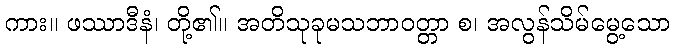
ကား။ ဖဿာဒီနံ၊ တို့၏။ အတိသုခုမသဘာဝတ္တာ စ၊ အလွန်သိမ်မွေ့သော